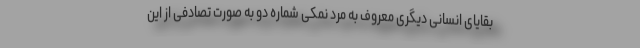
بقایای انسانی دیگری معروف به مرد نمکی شماره دو به صورت تصادفی از این